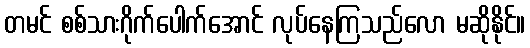
တမင် စစ်သားဂိုက်ပေါက်အောင် လုပ်နေကြသည်လော မဆိုနိုင်။